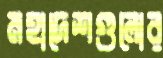
মহাদেশগুলোর